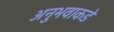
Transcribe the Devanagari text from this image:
अनुभवाकडे